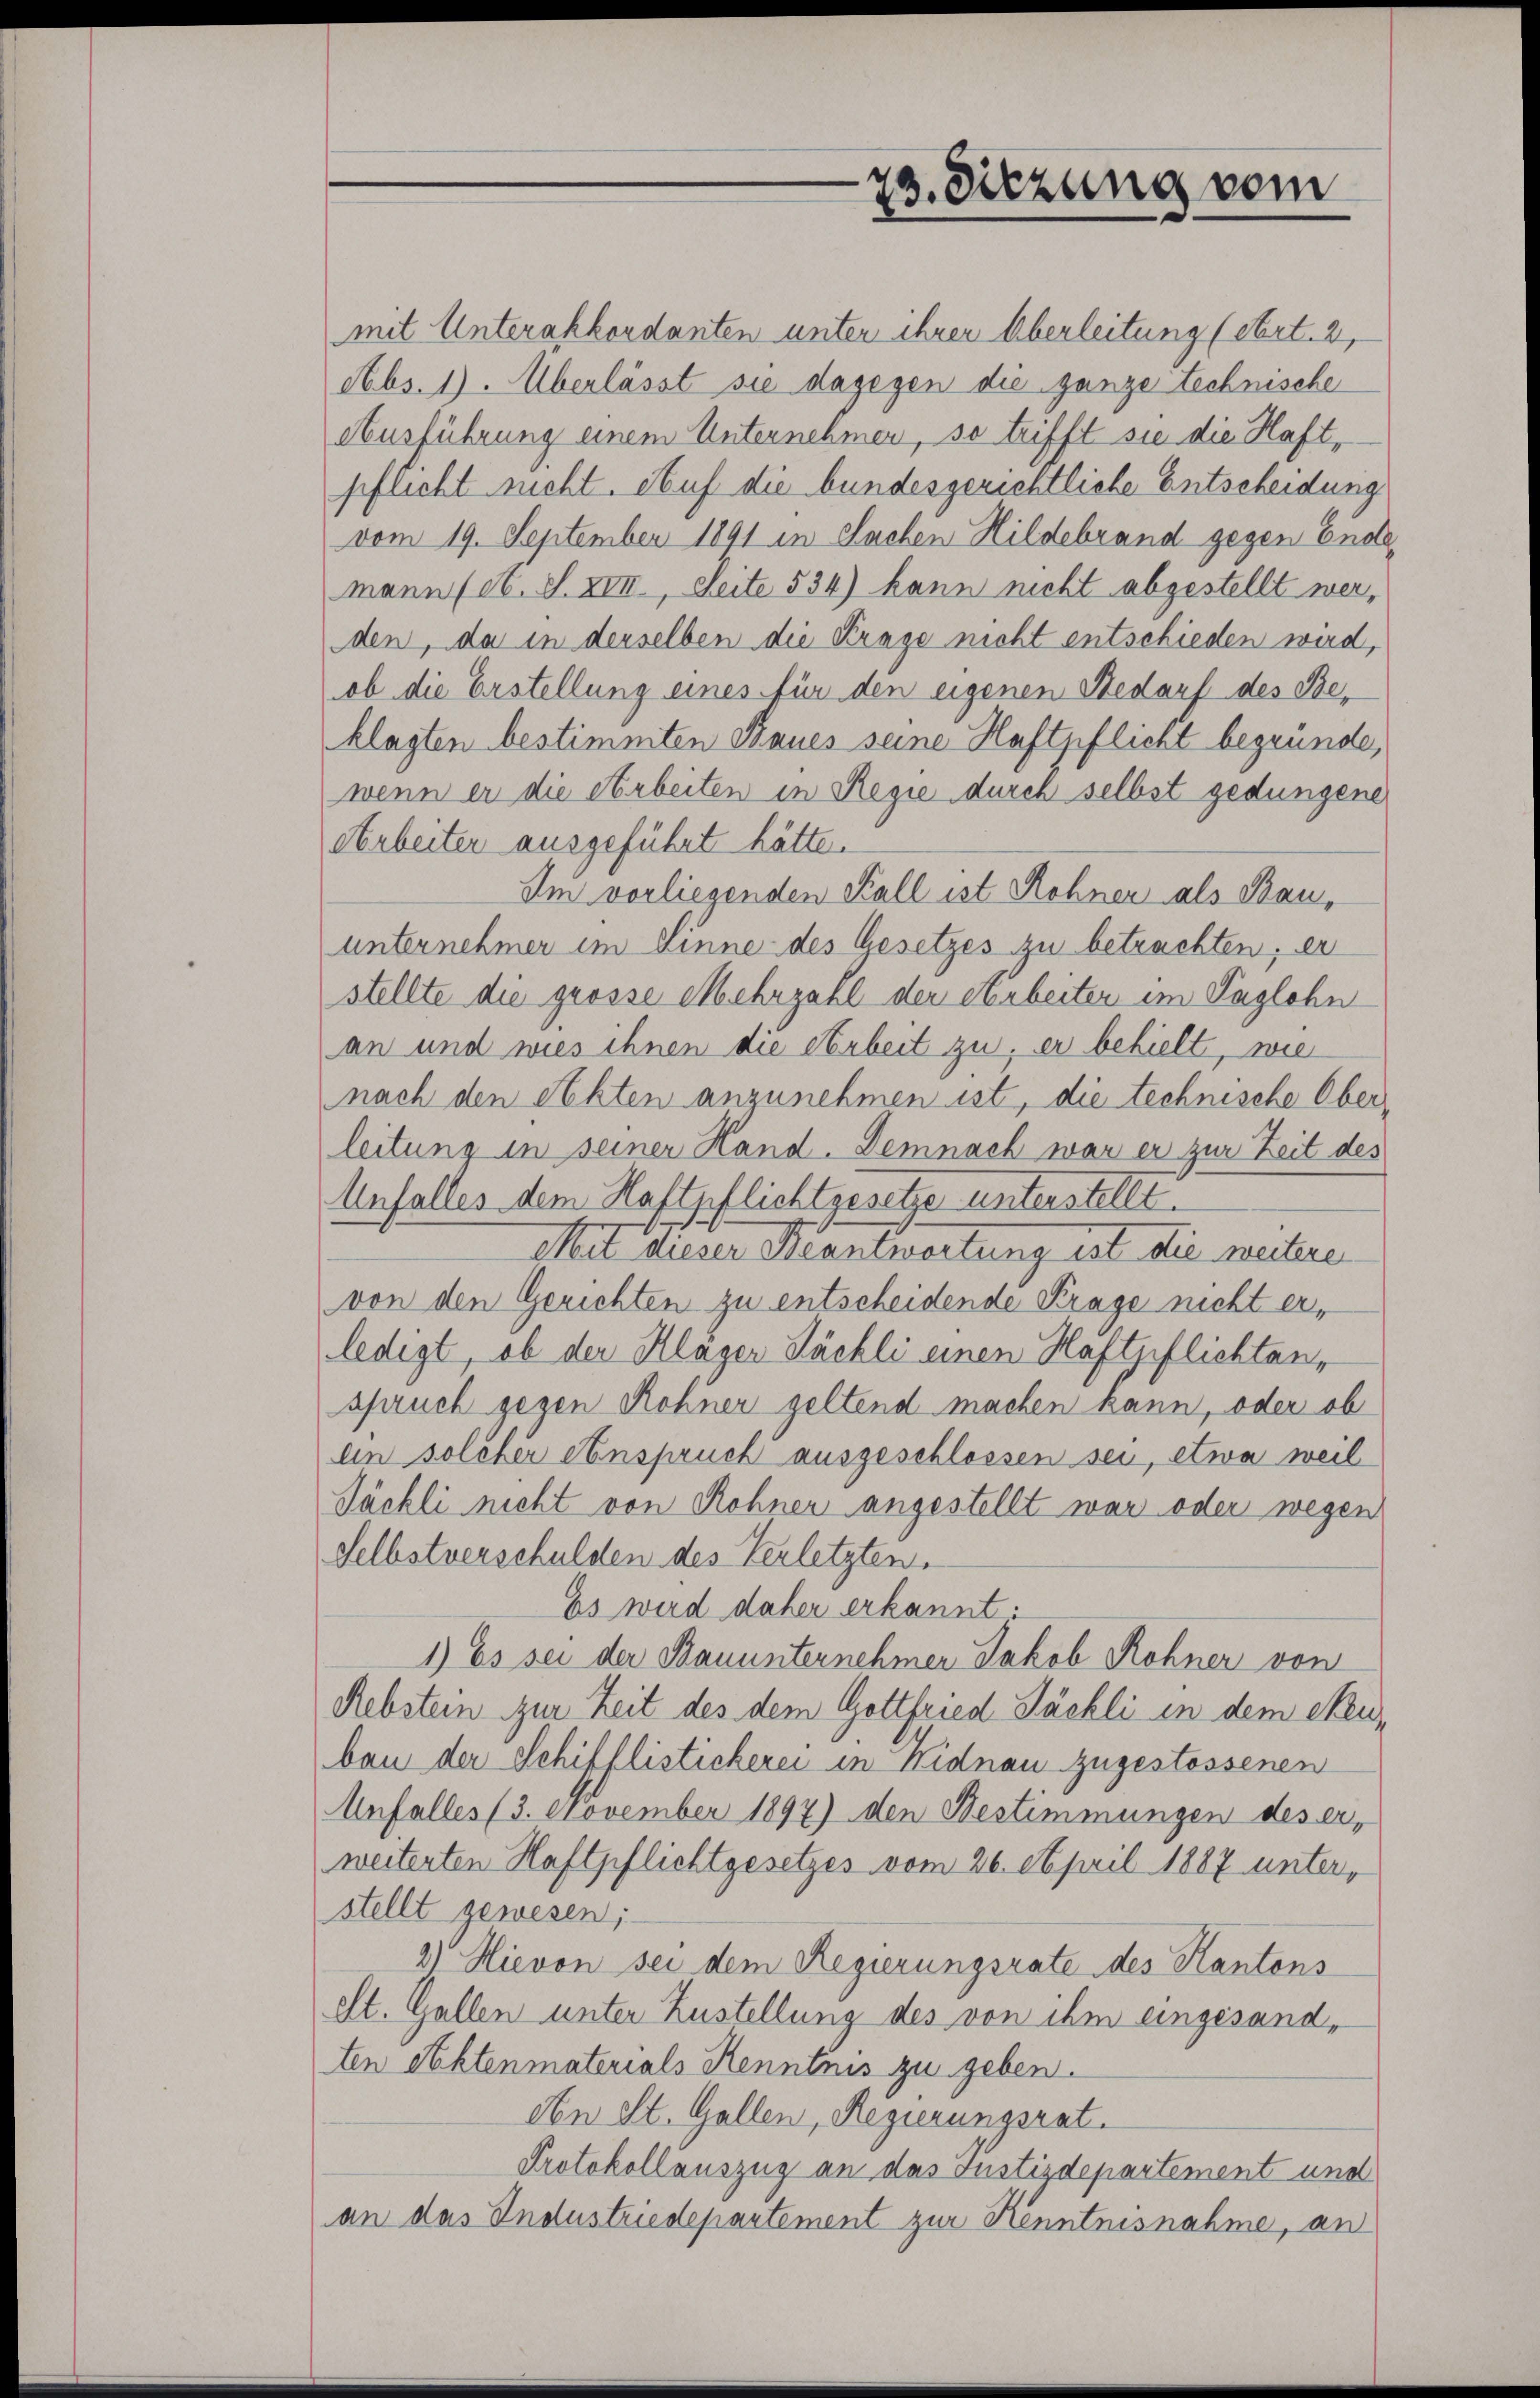
mit Unterakkordanten unter ihren Überleitung (obert. 2,
Abs. 1). Überlässt sie dagegen die ganze technische
Ausführung einem Unternehmen, so trifft sie die Haft,
pflicht nicht. Auf die bundesgerichtliche Entscheidung
vom 19. September 1891 in Sachen Hildebrand gegen Ende
mann (lt. S. XVII., Seite 534) kann nicht abgestellt werden, da in derselben die Krage nicht entschieden wird,
ob die Erstellung eines für den eigenen Bedarf des Beklagten bestimmten Baues seine Haftpflicht begründe,
wenn er die Arbeiten in Regie durch selbst gedungene
Arbeiter ausgeführt hätte.
Im vorliegenden Kall ist Rohner als Bauunternehmer im Sinne des Gesetzes zu betrachten; er
stellte die grösse Mehrzahl der erbeiter im Taglohn
an und wies ihnen die Arbeit zu, er behielt, wie
nach den Akten anzunehmen ist, die technische Oberleitung in seiner Hand. Demnach war er zur Zeit des
Anfalles dem Haftpflichtgesetze unterstellt.
Mit dieser Beantwortung ist die weitere
von den Gerichten zu entscheidende Krage nicht erledigt, ob der Kläger Bächli einen Haftpflichten,
spruch gegen Rohner geltend machen kann, oder ob
lin solcher einspruch ausgeschlossen sei, etwa weil
Jäckli nicht von Rohner angestellt war oder wegen
Selbstverschulden des Verletzten.
Es wird daher erkannt:
1) Es sei der Bauunternehmer Jakob Rohner von
Rebstern zur Zeit des dem Gottfried Päckli in dem Steuben der Schifflistickerei in Nidnau zugestossenen
Unfall(...)(3. November 1897) den Bestimmungen des er,
weiterten Haftpflichtgesetzes vom 26. April 1887 unterstellt gewesen;
2) Hievon sei dem Regierungsrate des Kantons
est. Gallen unter Zustellung des von ihm eingesandten Aktenmaterials Kenntnis zu geben.
An St. Gallen, Regierungsrat.
Protokollauszug an das Justizdepartement und
an das Industriedepartement zur Kenntnisnahme, an

7a. Sitzung vom